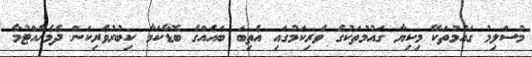
މުސްލިމު ގައުމުތަކޭ މިކިޔާ ގައުމުތަކުގެ ވެރިކަމުގައި އެތިބަ ބައެއްގެ ބޮޑާކަމާ ކިބުރުވެރިކަން ދެމެހެއްޓުމާ